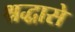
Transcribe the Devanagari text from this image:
श्रद्धासे